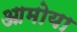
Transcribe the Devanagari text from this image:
आमोया